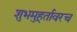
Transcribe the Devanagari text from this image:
शुभमुहूर्तावरच